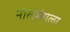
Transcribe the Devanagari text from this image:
नीलमंगला